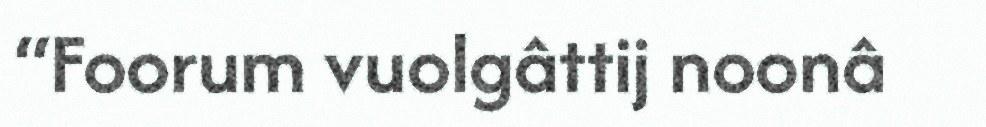
“Foorum vuolgâttij noonâ